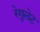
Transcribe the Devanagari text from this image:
रेगुलेट